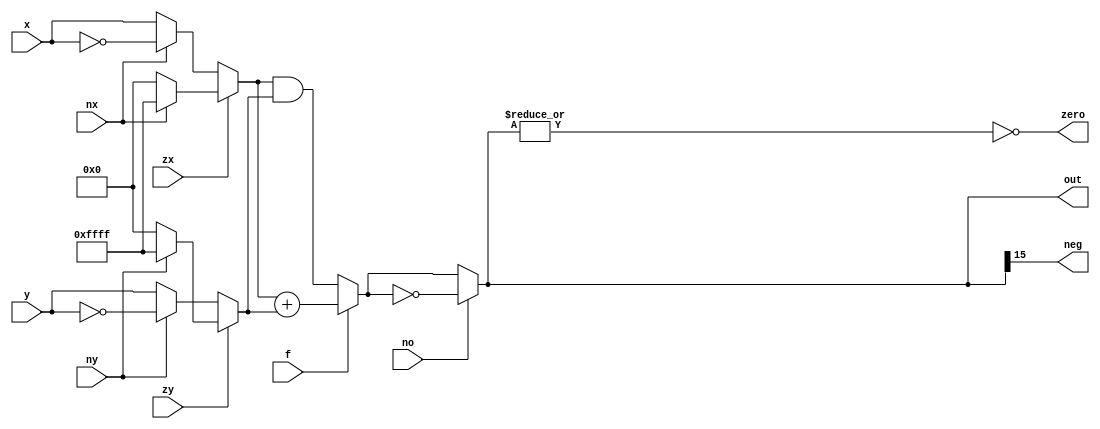
`default_nettype none
`timescale 1ns / 1ps

module alu (
  input [15:0] x,
  input [15:0] y,
  input zx, nx, zy, ny, f, no,
  output [15:0] out,
  output zero, neg
);

wire [15:0] x_result, y_result, result;

assign x_result = zx ? (nx ? ~16'b0 : 16'b0) : (nx ? ~x : x);
assign y_result = zy ? (ny ? ~16'b0 : 16'b0) : (ny ? ~y : y);

assign result = f ? x_result + y_result : x_result & y_result;
assign out = no ? ~result : result;

assign zero = ~|out; // zero = NOR(out)
assign neg = out[15];

endmodule